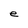
Character: e